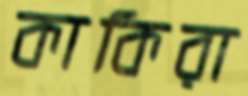
কাকিরা